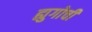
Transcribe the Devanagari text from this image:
ह्युगोची